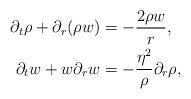
LaTeX: \begin{align*} \partial_t\rho+\partial_r(\rho w)&=-\frac{2\rho w}{r},\\ \partial_tw+w\partial_rw&=-\frac{\eta^2}{\rho}\partial_r\rho,\end{align*}